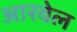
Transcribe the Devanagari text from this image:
आरवेल